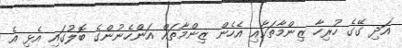
އަދި ގޭގެ ހުރިހާ ޒިންމާތަކާއި އެހެން ޒިންމާތައް އަންހެނުންގެ ބޮލުގައި އެޅި އެ